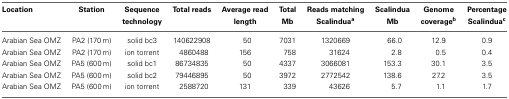
<table><thead><tr><td><b>Location</b></td><td><b>Station</b></td><td><b>Sequence technology</b></td><td><b>Total reads</b></td><td><b>Average read length</b></td><td><b>Total Mb</b></td><td><b>Reads matching Scalindua<sup>a</sup></b></td><td><b>Scalindua Mb</b></td><td><b>Genome coverage<sup>b</sup></b></td><td><b>Percentage Scalindua<sup>c</sup></b></td></tr></thead><tbody><tr><td>Arabian Sea OMZ</td><td>PA2 (170 m)</td><td>solid bc3</td><td>140622908</td><td>50</td><td>7031</td><td>1320669</td><td>66.0</td><td>12.9</td><td>0.9</td></tr><tr><td>Arabian Sea OMZ</td><td>PA2 (170 m)</td><td>ion torrent</td><td>4860488</td><td>156</td><td>758</td><td>31624</td><td>2.8</td><td>0.5</td><td>0.4</td></tr><tr><td>Arabian Sea OMZ</td><td>PA5 (600 m)</td><td>solid bc1</td><td>86734835</td><td>50</td><td>4337</td><td>3066081</td><td>153.3</td><td>30.1</td><td>3.5</td></tr><tr><td>Arabian Sea OMZ</td><td>PA5 (600 m)</td><td>solid bc2</td><td>79446895</td><td>50</td><td>3972</td><td>2772542</td><td>138.6</td><td>27.2</td><td>3.5</td></tr><tr><td>Arabian Sea OMZ</td><td>PA5 (600 m)</td><td>ion torrent</td><td>2588720</td><td>131</td><td>339</td><td>43626</td><td>5.7</td><td>1.1</td><td>1.7</td></tr></tbody></table>